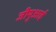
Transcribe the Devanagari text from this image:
जीयुआई